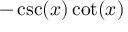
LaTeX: - \csc ( x ) \cot ( x )